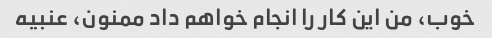
خوب، من این کار را انجام خواهم داد ممنون، عنبیه